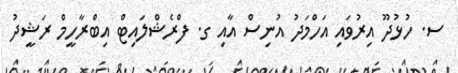
ސ. ހުޅުދޫ އިރުވައި އަހްމަދު އުނިސް އާއި ގ. ފްރެޝްލައިޓް އިބްރާހީމް ރަޝީދު